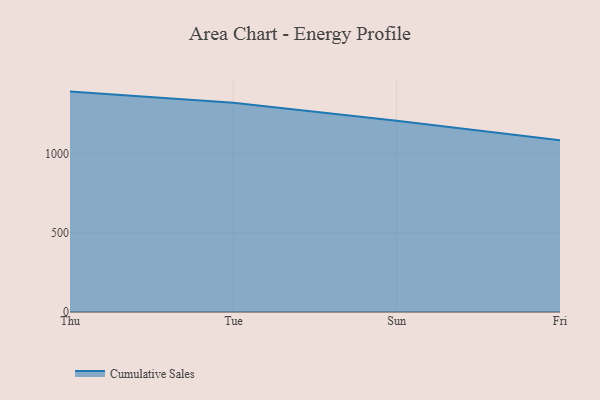
{"axis": {"x": "Day", "y": "Temperature (°C)"}, "legend": ["Cumulative Sales"], "data": [{"x": "Thu", "y": 1391.3, "type": "Cumulative Sales"}, {"x": "Tue", "y": 1321.5, "type": "Cumulative Sales"}, {"x": "Sun", "y": 1207.4, "type": "Cumulative Sales"}, {"x": "Fri", "y": 1084.1, "type": "Cumulative Sales"}]}